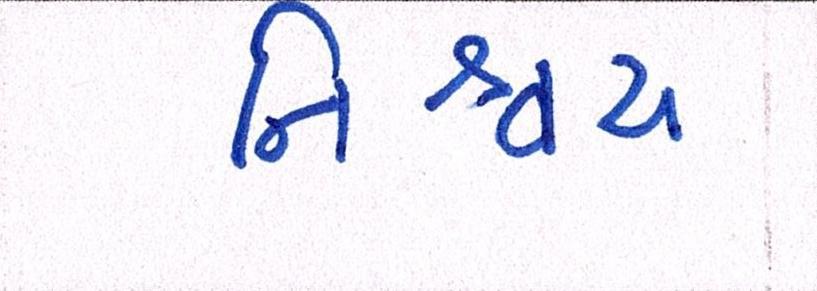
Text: નિશ્ચય